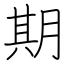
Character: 期